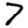
Digit: 7